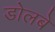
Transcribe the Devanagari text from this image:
डोलबे